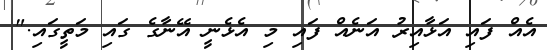
އެއް ފައި އަޅާއިރު އަނެއް ފައި މި އެޅެނީ އޭނާގެ ގައި މަތީގައި."